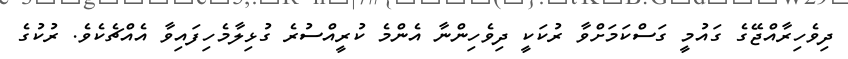
ދިވެހިރާއްޖޭގެ ގައުމީ ގަސްކަމަށްވާ ރުކަކީ ދިވެހިންނާ އެންމެ ކުރީއްސުރެ ގުޅިލާމެހިފައިވާ އެއްޗެކެވެ. ރުކުގެ